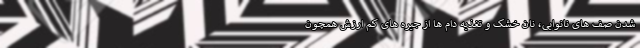
شدن صف های نانوایی، نان خشک و تغذیه دام ها از جیره های کم ارزش همچون